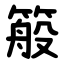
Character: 䈲